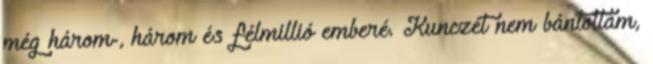
még három-, három és félmillió emberé. Kunczét nem bántottam,